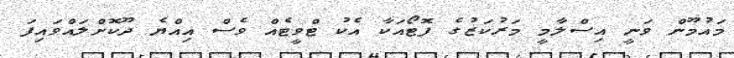
މައުމޫން ވަނީ އިސްލާމީ މަރުކަޒުގެ ފޮޓޯއަކާ އެކު ޓްވީޓެއް ވެސް އިއްޔެ ދޫކޮށްލައްވައިފަ